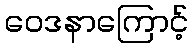
ဝေဒနာကြောင့်